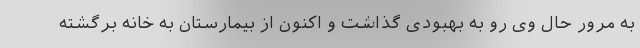
به مرور حال وی رو به بهبودی گذاشت و اکنون از بیمارستان به خانه برگشته